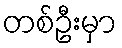
တစ်ဦးမှာ